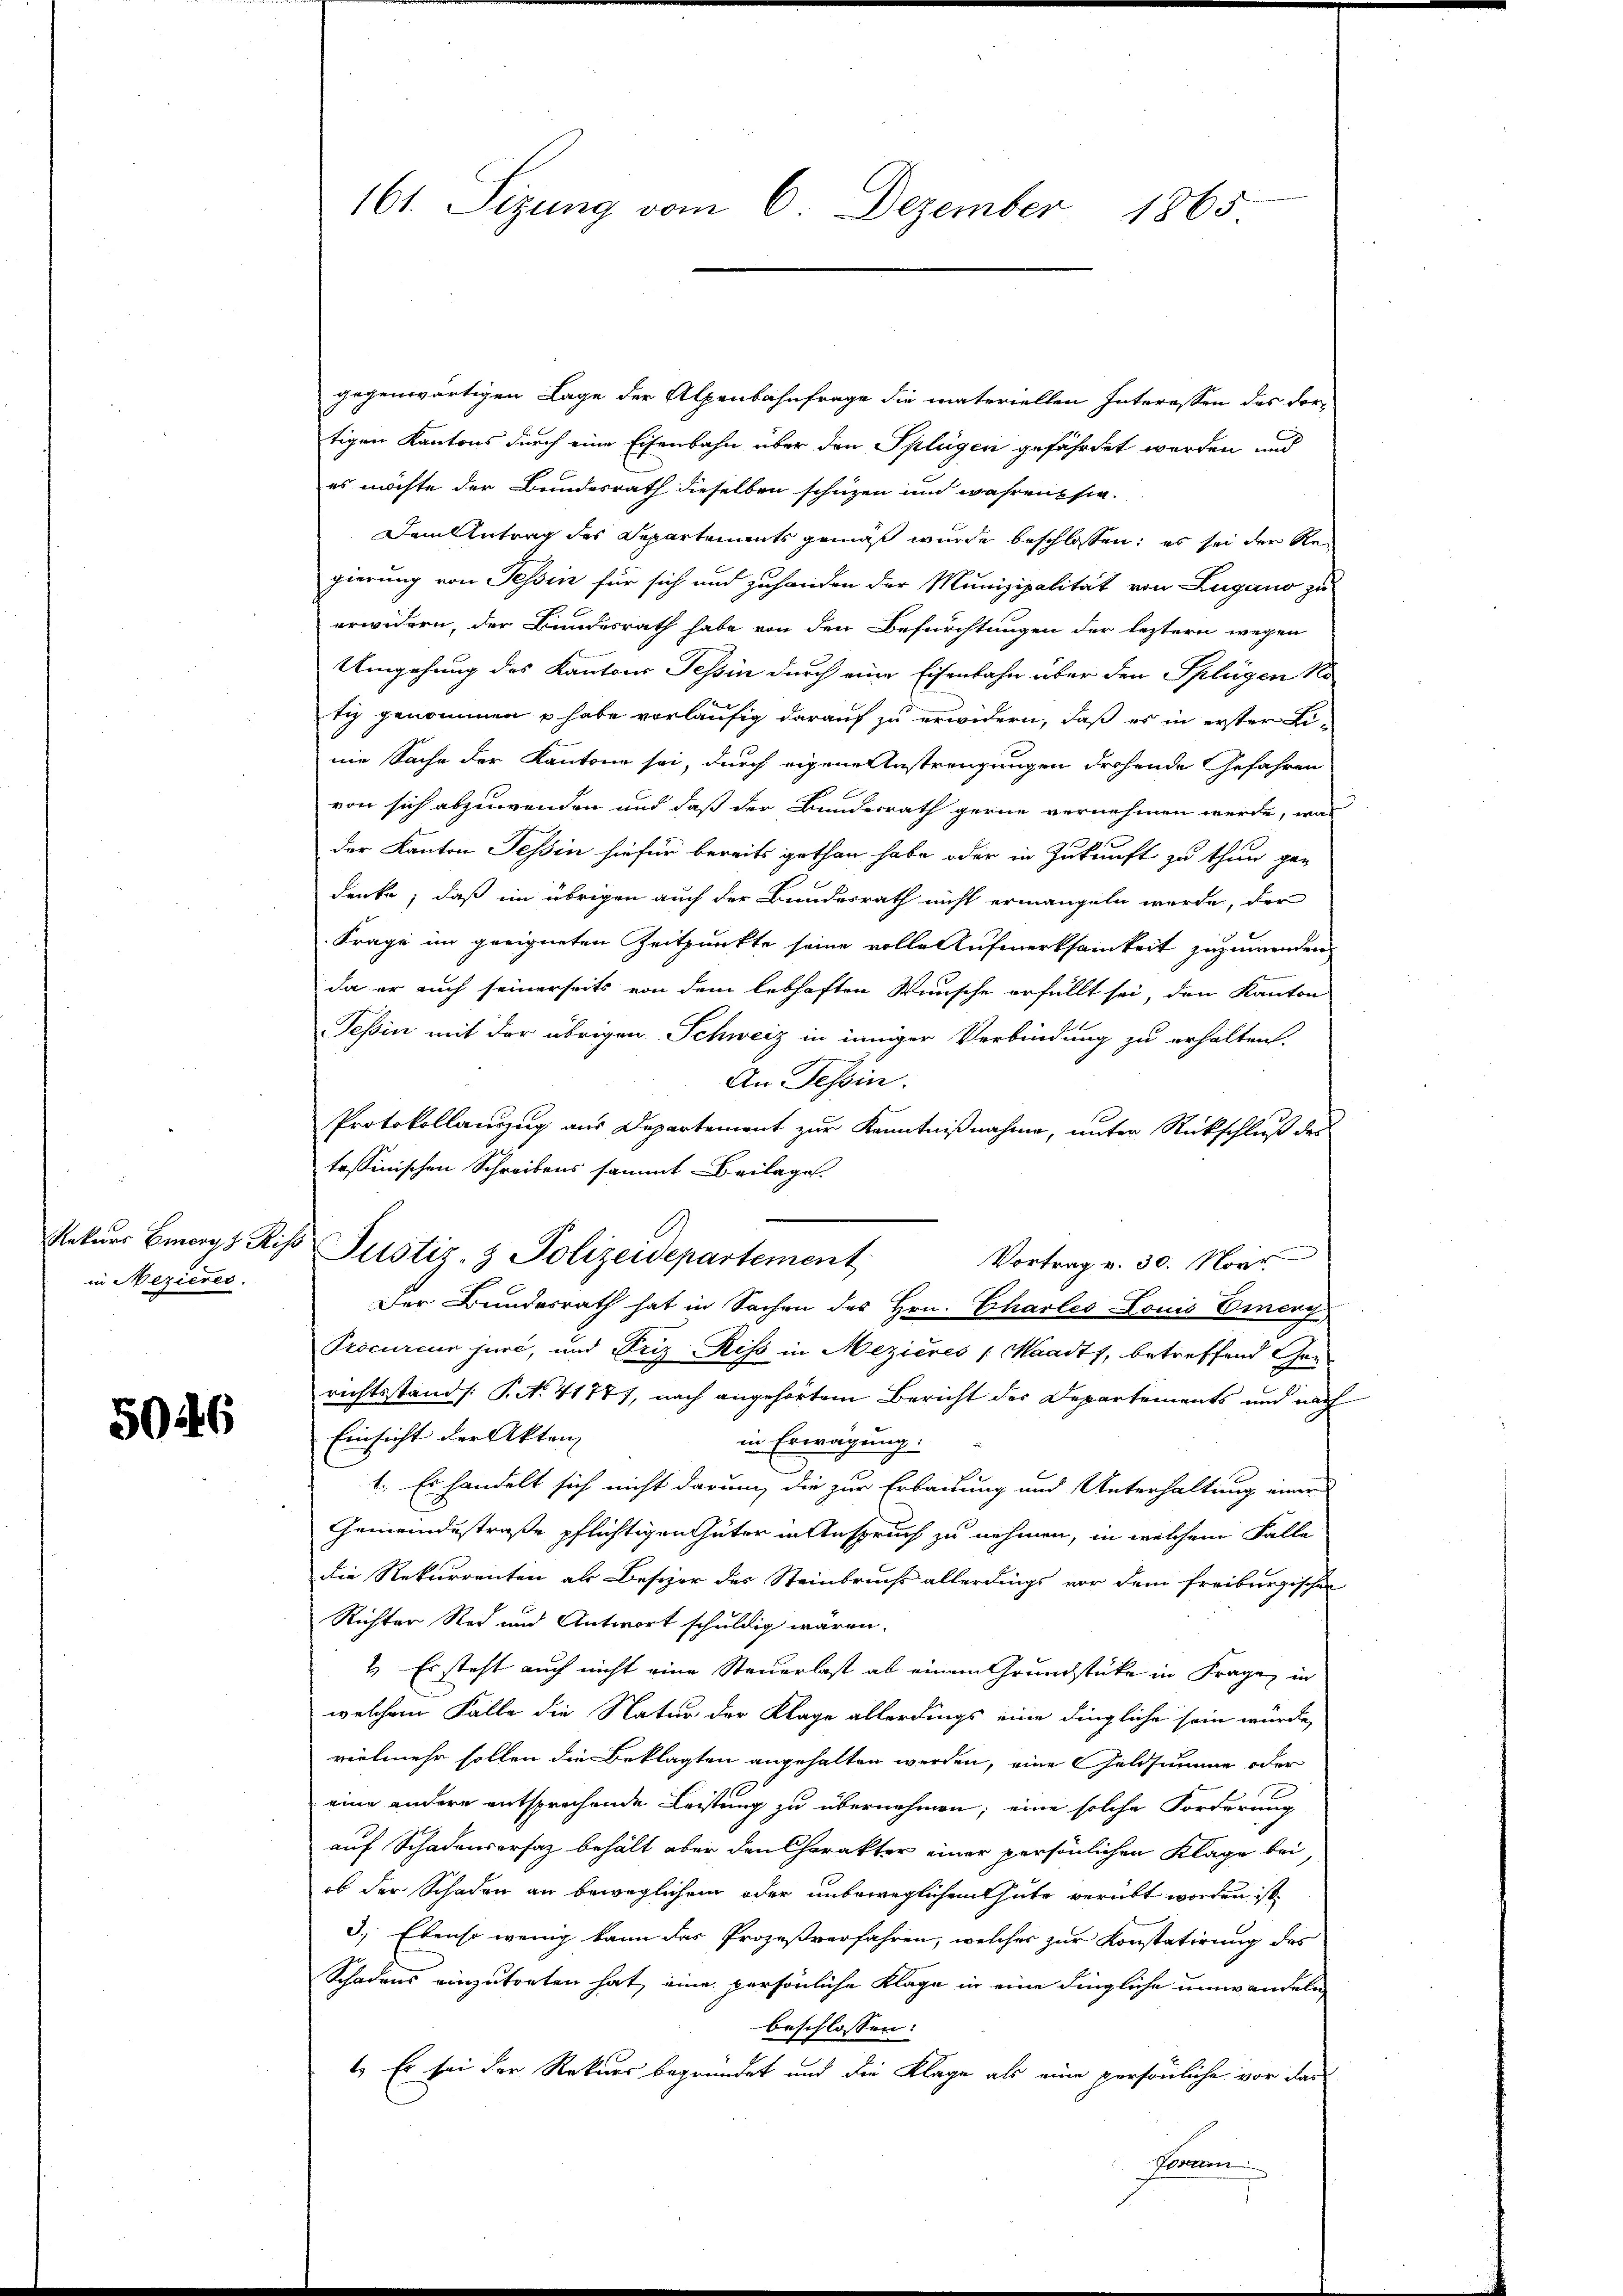
in Mezieres.

5046

161. Sizung vom 6. Dezember 1865

gegenwärtigen Lage der Alpenbahnfrage die materiellen Interessen des dortigen Kantons durch eine Eisenbahn über den Splügen gefährdet worden und
es möchte der Bundesrath dieselben schuzen und wahrens sie
Dem Antrag des Departements gemäß wurde beschlossen; es sei der Regierung von Tessin für sich und zuhanden der Munizipalität von Lugano zu
erwidern, der Bundesrath habe von den Befürchtungen der leztern wegen
Umgehung des Kantons Tessin durch eine Eisenbahn über den Splügen ko
tiz genommen u habe vorläufig darauf zu erwidern, daß es in erster Linie Sache der Kantone sei, durch eigene Anstrengungen drohende Gefahren
von sich abzuwenden und daß der Bundesrath gerne vornehmen werde, was
der Kanton Tessin hiefür bereits gethan habe oder in Zukunft zu thun ge-
denke, daß im übrigen auch der Bundesrath nicht ermangeln werde, der
Frage im geeigneten Zeitpunkte seine volle Aufmerksamkeit zuzuwenden
da er auch seinerseits von dem lebhaften Wunsche erfüllt sei, den Kanton
Tessin mit der übrigen Schweiz in inniger Verbindung zu erhalten.
An Tessin.
Protokollauszug aus Departement zur Kenntnißnahme, unter Rückschluß des
tessinischen Schreibens sammt Beilage.
Vortrag v. 30. Novr
Der Bundesrath hat in Sachen des Hrn. Charleo Louis Einery
Procureur juri, und Friz Riss in Mezières : Waadt, betreffend Gerichtsstand /: P. No. 41771, nach angehörtem Bericht des Departements und nach
Einsicht der Akten
in Erwägung.
1. Es handelt sich nicht darum die zur Erbauung und Unterhaltung einer
Gemeindestraße pflichtigen Güter in Anspruch zu nehmen, in welchem Falle
die Rekurrenten als Besizer des Steinbruchs allerdings vor dem freiburgischen
Richter Red und Antwort schuldig waren.
1. Es steht auch nicht eine Steuerlast ab einem Grundstücke in Frage in
welchem Falle die Natur der Klage allerdings eine dingliche sein wurde,
vielmehr sollen die Beklagten angehalten werden, eine Geldsumme oder
eine andere entsprechende Leistung zu übernehmen; eine solche Forderung
auf Schadensersaz behält aber den Charakter einer persönlichen Klage bei,
ob der Schaden an beweglichen oder unbeweglichenhute verübt worden ist.
3. Ebenso wenig kann das Prozeßverfahren, welches zur Konstatirung des
Schadens einzutreten hat, eine persönliche Klage in eine dingliche umwandeln
beschlossen:
1.) Es sei der Rekurs begründet und die Klage als eine persönliche vor das
Planen

Rekurs Bergs Riss Justiz- & Polizeidepartement